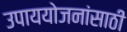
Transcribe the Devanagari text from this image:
उपाययोजनांसाठी